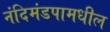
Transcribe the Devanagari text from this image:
नंदिमंडपामधील